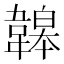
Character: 韟